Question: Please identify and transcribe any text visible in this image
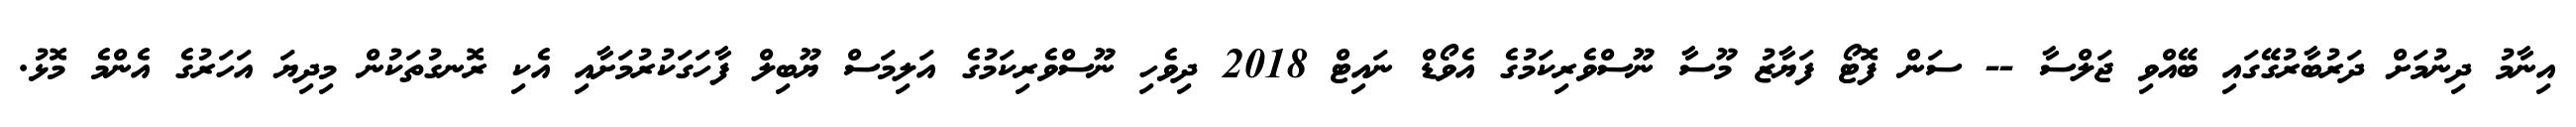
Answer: އިނާމު ދިނުމަށް ދަރުބާރުގޭގައި ބޭއްވި ޖަލްސާ -- ސަން ފޮޓޯ ފަޔާޒު މޫސާ ނޫސްވެރިކަމުގެ އެވޯޑް ނައިޓް 2018 ދިވެހި ނޫސްވެރިކަމުގެ އަލިމަސް ޔޫބިލް ފާހަގަކުރުމަށާއި އެކި ރޮނގުތަކުން މިދިޔަ އަހަރުގެ އެންމެ މޮޅު.